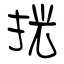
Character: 挄